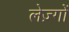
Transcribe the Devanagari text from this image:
लेज़्गों